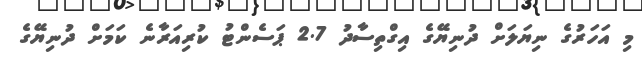
މި އަހަރުގެ ނިޔަލަށް ދުނިޔޭގެ އިގްތިސާދު 2.7 ޕަސެންޓު ކުރިއަރާނެ ކަމަށް ދުނިޔޭގެ